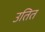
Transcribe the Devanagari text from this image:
उतित